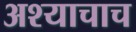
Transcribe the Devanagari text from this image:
अश्याचाच